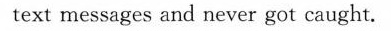
text messages and never got caught.